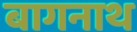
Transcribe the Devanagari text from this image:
बागनाथ